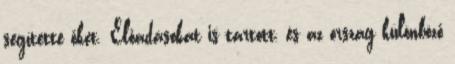
segítette őket. Előadásokat is tartott, és az ország különböző